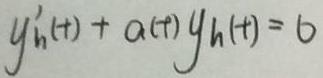
\[y_{h}'(t) + a(t)y_{h}(t) = b\]